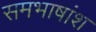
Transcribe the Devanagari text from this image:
समभाषांश